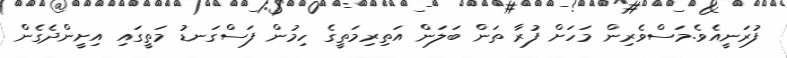
ފުރަނީއެވެ.މަސްވެރިން މަހަށް ފުރާ ތަން ބަލަން އަތިރިމަތީގެ ހިމުން ފަސްގަނޑު މަތީގައި އިށީންދެގެން